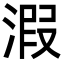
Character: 溊